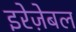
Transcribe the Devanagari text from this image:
इरेज़ेबल